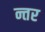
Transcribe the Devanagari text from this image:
न्तर